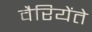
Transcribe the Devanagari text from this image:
वैरियेंते